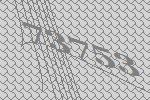
73753